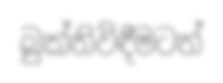
බුක්තිවිඳීමටත්